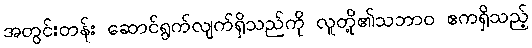
အတွင်းတန်း ဆောင်ရွက်လျက်ရှိသည်ကို လူတို့၏သဘာဝ ဧကရှိသည့်